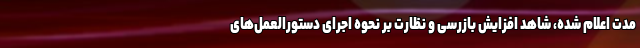
مدت اعلام شده، شاهد افزایش بازرسی و نظارت بر نحوه اجرای دستورالعمل‌های